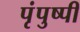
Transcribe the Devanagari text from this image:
पृंपुष्पी